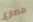
مصارع